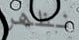
نظهر